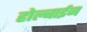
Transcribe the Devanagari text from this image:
होल्बाईन